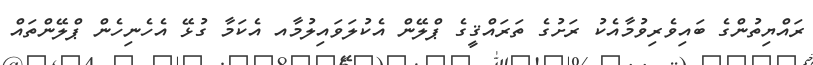
ރައްޔިތުންގެ ބައިވެރިވުމާއެކު ރަށުގެ ތަރައްޤީގެ ޕްލޭން އެކުލަވައިލުމާއ އެކަމާ ގުޅޭ އެހެނިހެން ޕްލޭންތައް